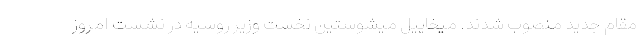
مقام جدید منصوب شدند. میخاییل میشوستین نخست وزیر روسیه در نشست امروز